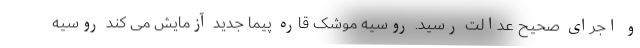
و اجرای صحیح عدالت رسید. روسیه موشک قاره پیما جدید آزمایش می کند روسیه